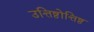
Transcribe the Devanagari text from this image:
उत्तिष्ठोत्तिष्ठ